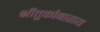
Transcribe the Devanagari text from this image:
श्रीतुकोबाराय